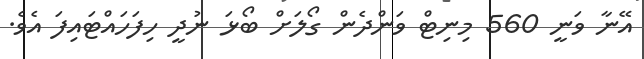
އޭނާ ވަނީ 560 މިނިޓް ވަންދެން ގޯލަށް ބޯޅަ ނުދީ ހިފަހައްޓައިފަ އެވެ.